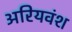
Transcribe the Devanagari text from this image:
अरियवंश